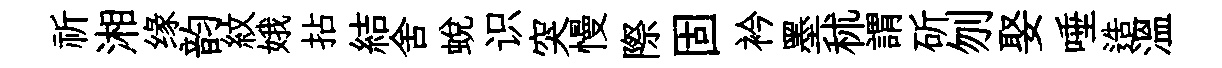
祈湘缘韵紋娥拈結舍蜕识突慢際固衿墨秫謂斫刎娶唾造温